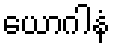
ယောဂါနံ